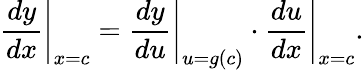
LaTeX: \left.{\frac{dy}{dx}}\right|_{x=c}=\left.{\frac{dy}{du}}\right|_{u=g(c)}\cdot\left.{\frac{du}{dx}}\right|_{x=c}.